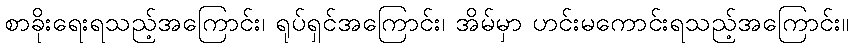
စာခိုးရေးရသည့်အကြောင်း၊ ရုပ်ရှင်အကြောင်း၊ အိမ်မှာ ဟင်းမကောင်းရသည့်အကြောင်း။